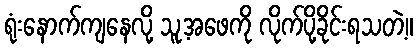
ရုံးနောက်ကျနေလို့ သူ့အဖေကို လိုက်ပို့ခိုင်းရသတဲ့။